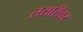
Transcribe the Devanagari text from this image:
तयारीवर